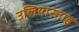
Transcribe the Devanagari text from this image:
उलियास्ताइ